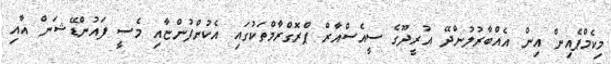
މިކެމްޕެއިން އިން އެއްބާރުލުންދޭ އުރީދޫގެ ސީއެސްއާރް ޕްރޮގްރާމްތަކުގައި އެކުންފުންޏާއި މެސީ ފައުންޑޭޝަން އާއި